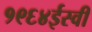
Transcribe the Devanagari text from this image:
१९६४ईस्वी